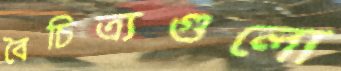
বৈচিত্র্যগুলো